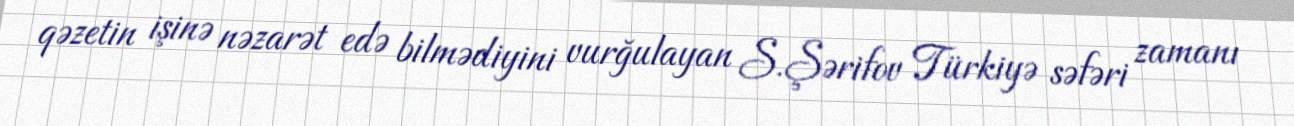
qəzetin işinə nəzarət edə bilmədiyini vurğulayan S.Şərifov Türkiyə səfəri zamanı